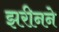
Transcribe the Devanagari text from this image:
झरीनने